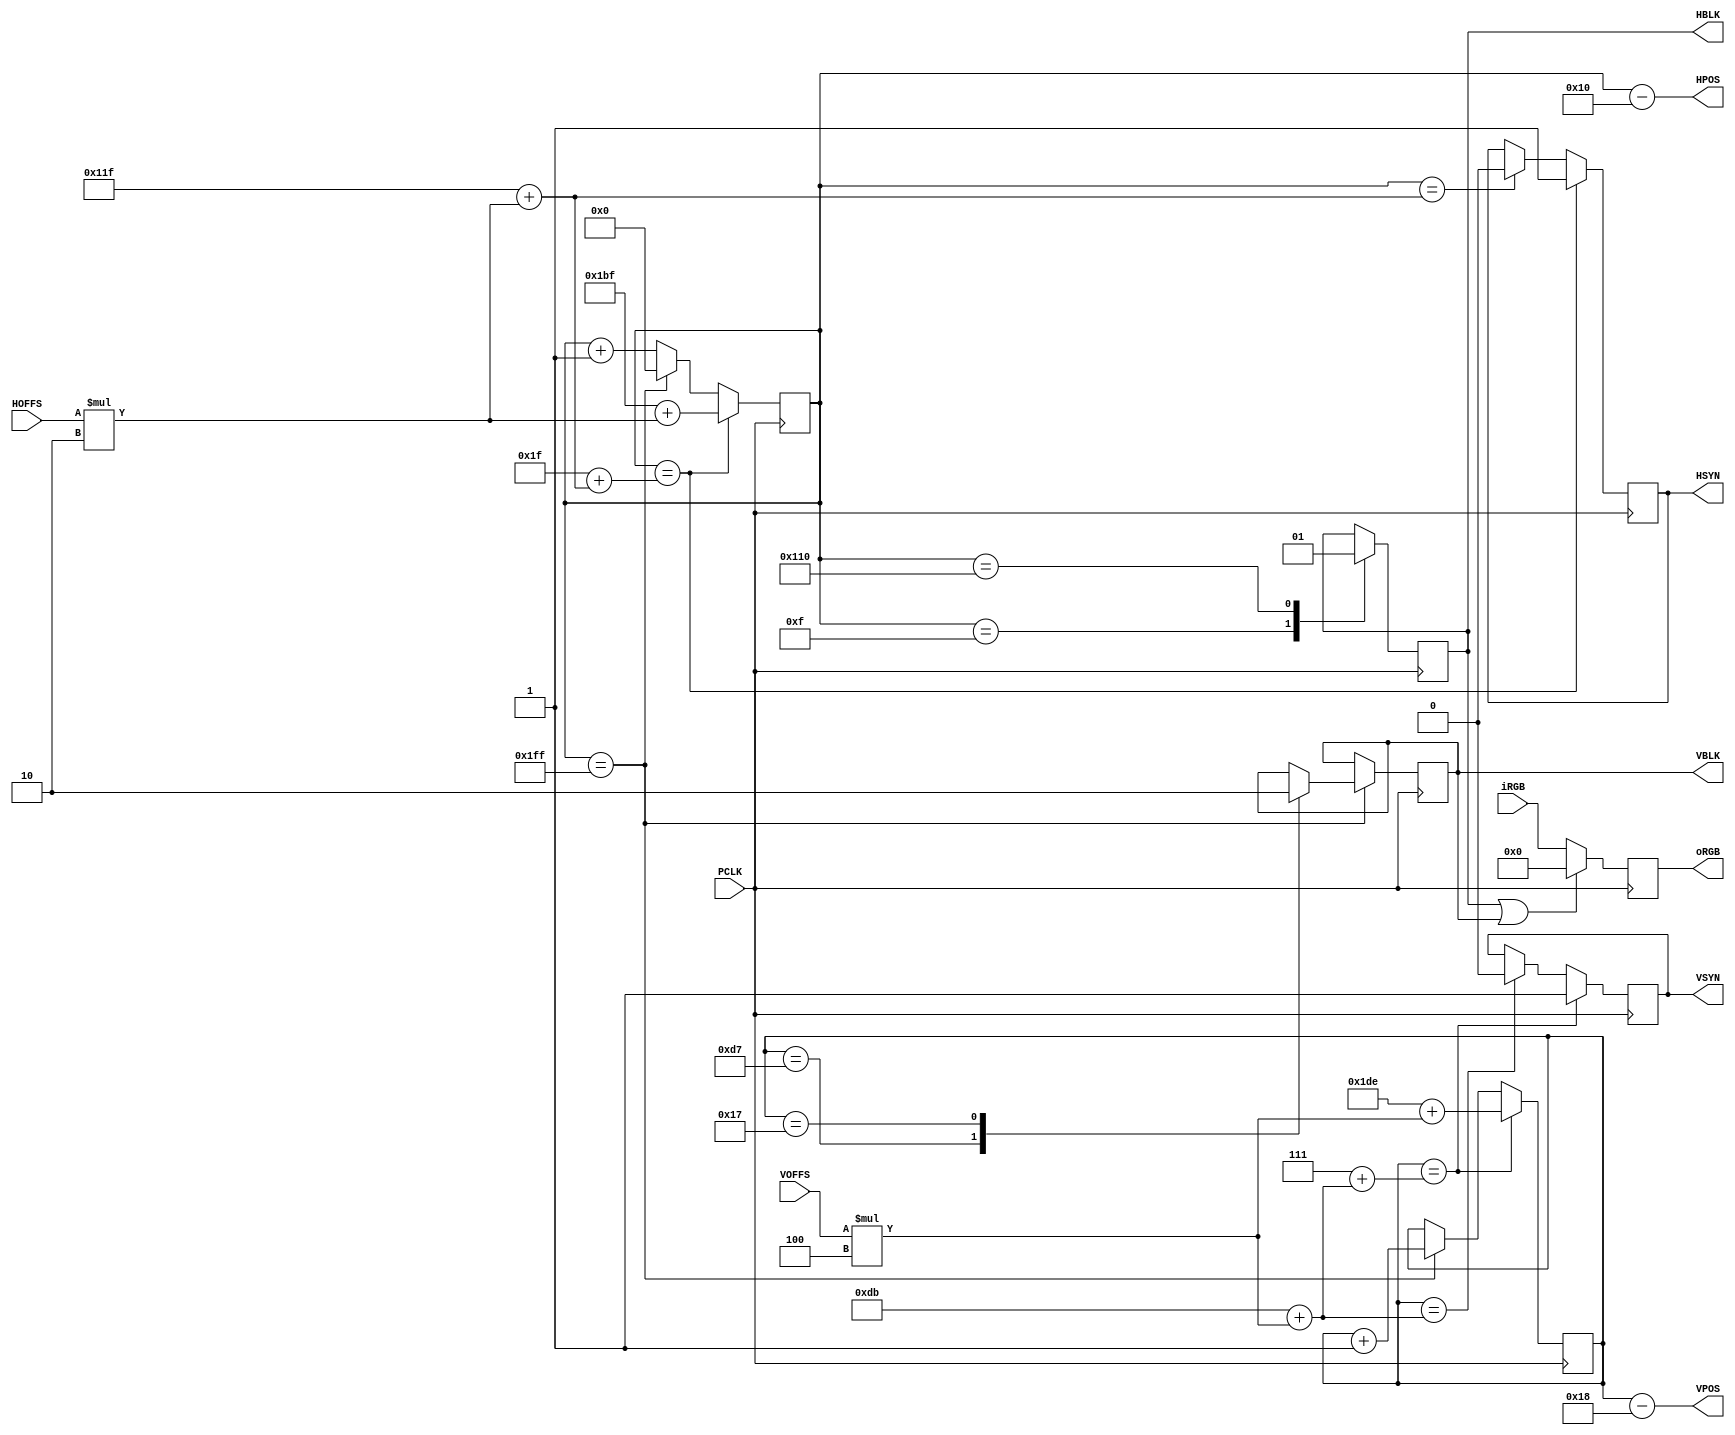
// Copyright (c) 2020 MiSTer-X 

module PKWARS_HVGEN
(
	output  [8:0]		HPOS,
	output  [8:0]		VPOS,
	input 				PCLK,
	input	 [11:0]		iRGB,

	input   [8:0]		HOFFS,
	input	  [8:0]		VOFFS,

	output reg [11:0]	oRGB,
	output reg			HBLK = 1,
	output reg			VBLK = 1,
	output reg			HSYN = 1,
	output reg			VSYN = 1
);

reg [8:0] hcnt = 0;
reg [8:0] vcnt = 0;

assign HPOS = hcnt-5'd16;
assign VPOS = vcnt-5'd24;

wire [8:0] HS_B = 287+(HOFFS*2);
wire [8:0] HS_E =  31+(HS_B);
wire [8:0] HS_N = 447+(HOFFS*2);

wire [8:0] VS_B = 219+(VOFFS*4);
wire [8:0] VS_E =   7+(VS_B);
wire [8:0] VS_N = 478+(VOFFS*4);

always @(posedge PCLK) begin
	case (hcnt)
		 15: begin HBLK <= 0; hcnt <= hcnt+1'd1; end
		272: begin HBLK <= 1; hcnt <= hcnt+1'd1; end
		511: begin hcnt <= 0;
			case (vcnt)
				215: begin VBLK <= 1; vcnt <= vcnt+1'd1; end
				 23: begin VBLK <= 0; vcnt <= vcnt+1'd1; end
				default: vcnt <= vcnt+1'd1;
			endcase
		end
		default: hcnt <= hcnt+1'd1;
	endcase

	if (hcnt==HS_B) begin HSYN <= 0; end
	if (hcnt==HS_E) begin HSYN <= 1; hcnt <= HS_N; end

	if (vcnt==VS_B) begin VSYN <= 0; end
	if (vcnt==VS_E) begin VSYN <= 1; vcnt <= VS_N; end

	oRGB <= (HBLK|VBLK) ? 12'h0 : iRGB;
end

endmodule